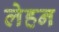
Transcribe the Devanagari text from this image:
लेहन